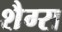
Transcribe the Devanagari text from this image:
शैग्स